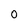
Character: 0